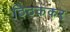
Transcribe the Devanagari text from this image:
ठिठककर